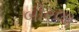
બીરલા